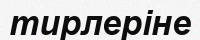
тирлеріне